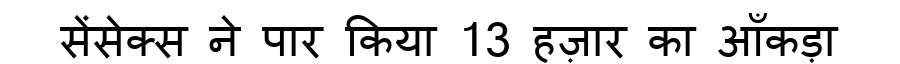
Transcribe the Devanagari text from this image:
सेंसेक्स ने पार किया 13 हज़ार का आँकड़ा